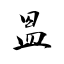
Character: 𥁕